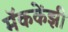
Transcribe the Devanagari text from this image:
मॅककेंझी